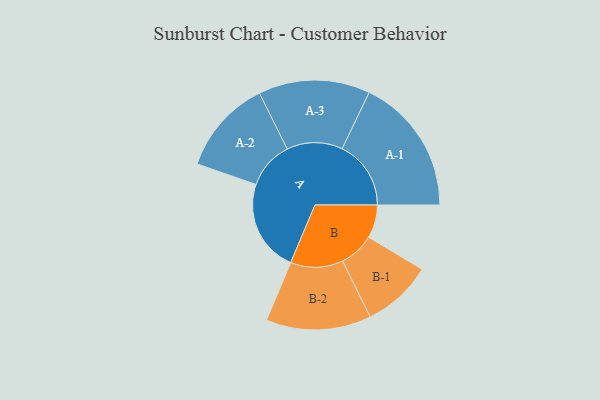
{"axis": {"x": "Segment", "y": "Value"}, "legend": ["", "A", "B"], "data": [{"x": "A", "y": 290, "type": ""}, {"x": "B", "y": 104, "type": ""}, {"x": "A-1", "y": 216, "type": "A"}, {"x": "A-2", "y": 149, "type": "A"}, {"x": "A-3", "y": 175, "type": "A"}, {"x": "B-1", "y": 110, "type": "B"}, {"x": "B-2", "y": 165, "type": "B"}]}